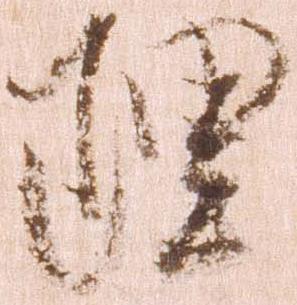
理